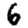
Digit: 6